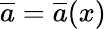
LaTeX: \overline{{{a}}}=\overline{{{a}}}(x)